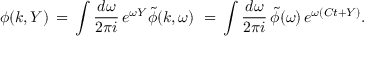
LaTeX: \phi ( k , Y ) \, = \, \int { \frac { d \omega } { 2 \pi i } } \, e ^ { \omega Y } \tilde { \phi } ( k , \omega ) \, \, = \, \int { \frac { d \omega } { 2 \pi i } } \, \tilde { \phi } ( \omega ) \, e ^ { \omega ( C t + Y ) } .